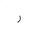
Letter: _ra